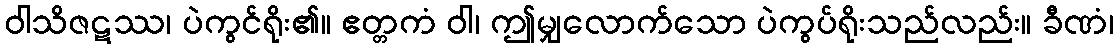
ဝါသိဇဋဿ၊ ပဲကွင်ရိုး၏။ ဧတ္တကံ ဝါ၊ ဤမျှလောက်သော ပဲကွပ်ရိုးသည်လည်း။ ခီဏံ၊